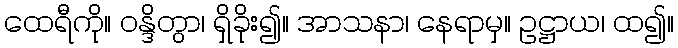
ထေရီကို။ ဝန္ဒိတွာ၊ ရှိခိုး၍။ အာသနာ၊ နေရာမှ။ ဥဋ္ဌာယ၊ ထ၍။